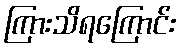
ကြားသိရကြောင်း